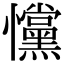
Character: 戃